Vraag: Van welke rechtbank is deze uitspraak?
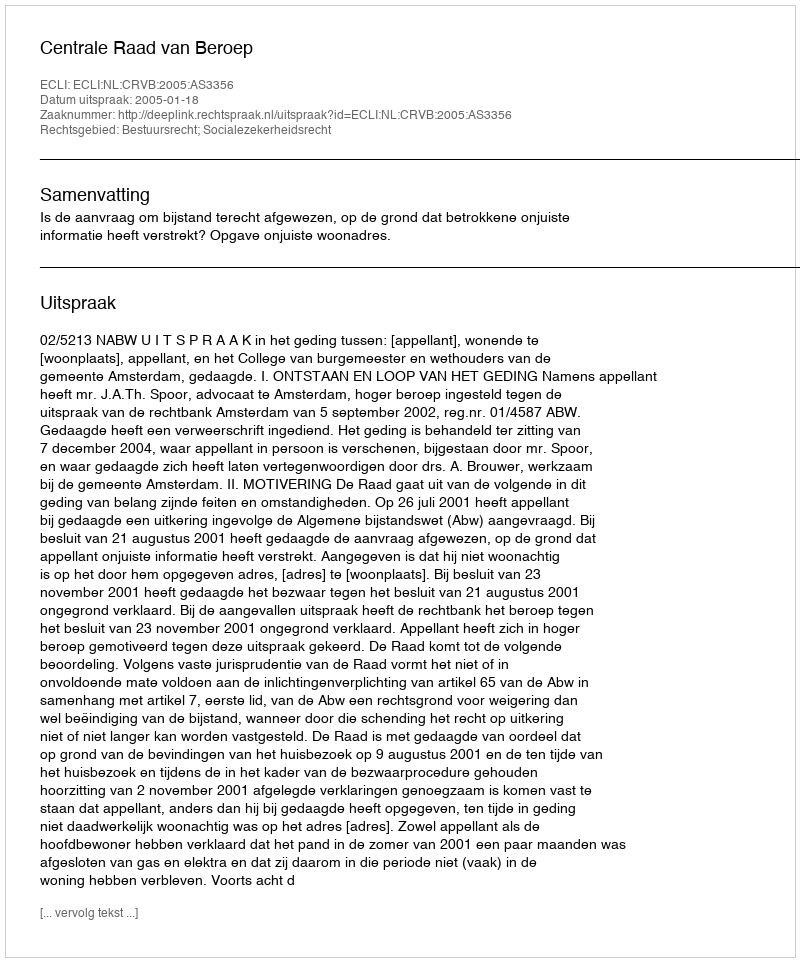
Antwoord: Centrale Raad van Beroep